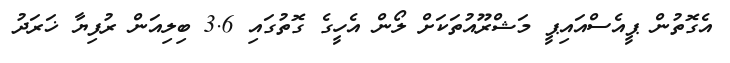
އެގޮތުން ޕީއެސްއައިޕީ މަޝްރޫއުތަކަށް ލޯން އެހީގެ ގޮތުގައި 3.6 ބިލިއަން ރުފިޔާ ޚަރަދު